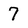
Character: 7